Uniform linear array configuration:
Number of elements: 16
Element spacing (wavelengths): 0.25
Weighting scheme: cosine
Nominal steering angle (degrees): -45
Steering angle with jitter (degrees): -45.468
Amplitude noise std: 0.05
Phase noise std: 0.05

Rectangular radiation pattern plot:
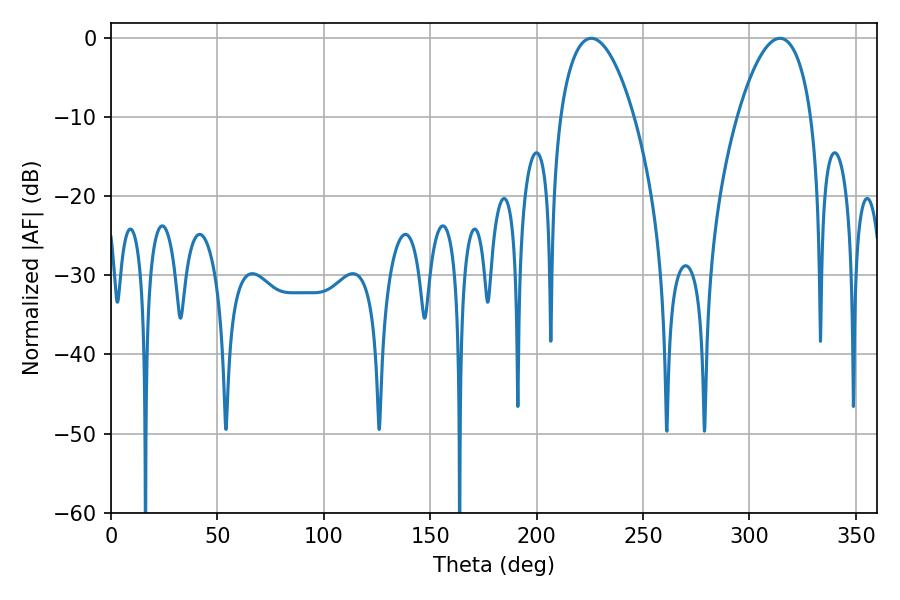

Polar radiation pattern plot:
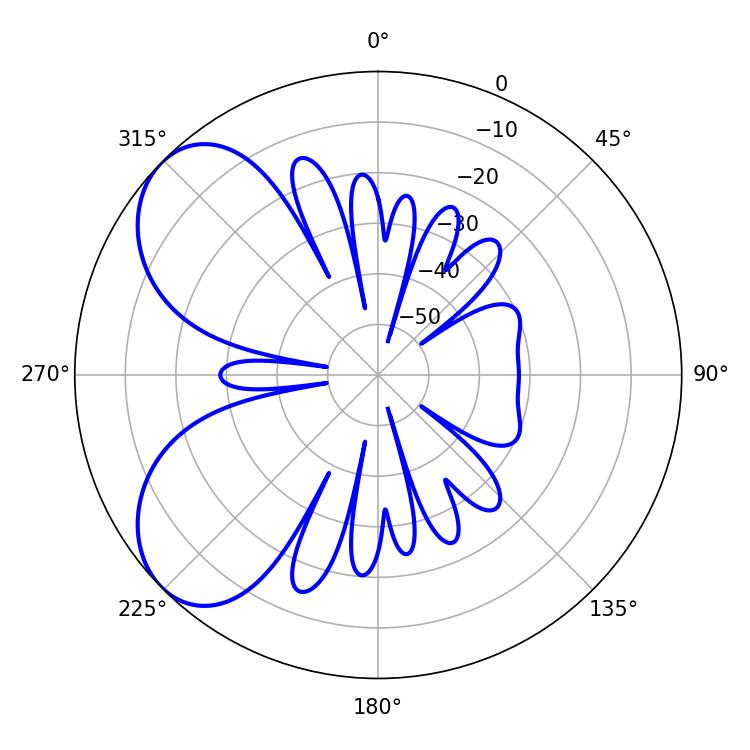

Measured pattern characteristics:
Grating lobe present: FALSE
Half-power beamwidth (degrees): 19.44
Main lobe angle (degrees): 225.72